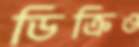
ডিক্রিও